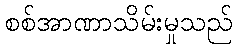
စစ်အာဏာသိမ်းမှုသည်